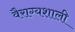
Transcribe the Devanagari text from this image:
वैराग्यशाली